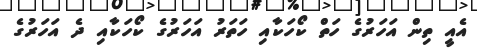
އެއީ ތިން އަހަރުގެ ހަތް ކޯހަކާއި ހަތަރު އަހަރުގެ ކޯހަކާއި ދެ އަހަރުގެ